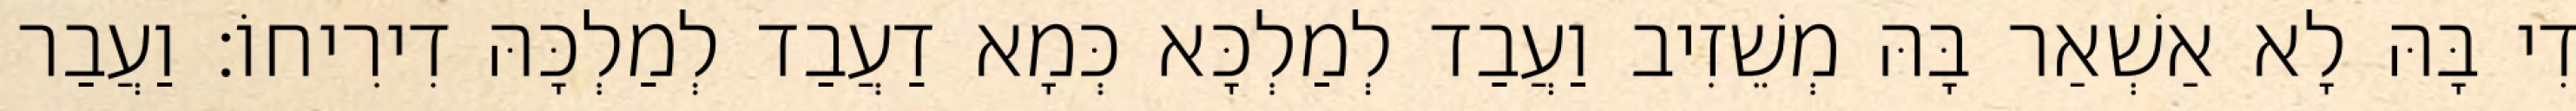
דִי בָּהּ לָא אַשְׁאַר בָּהּ מְשֵׁזִיב וַעֲבַד לְמַלְכָּא כְּמָא דַעֲבַד לְמַלְכָּהּ דִירִיחוֹ׃ וַעֲבַר